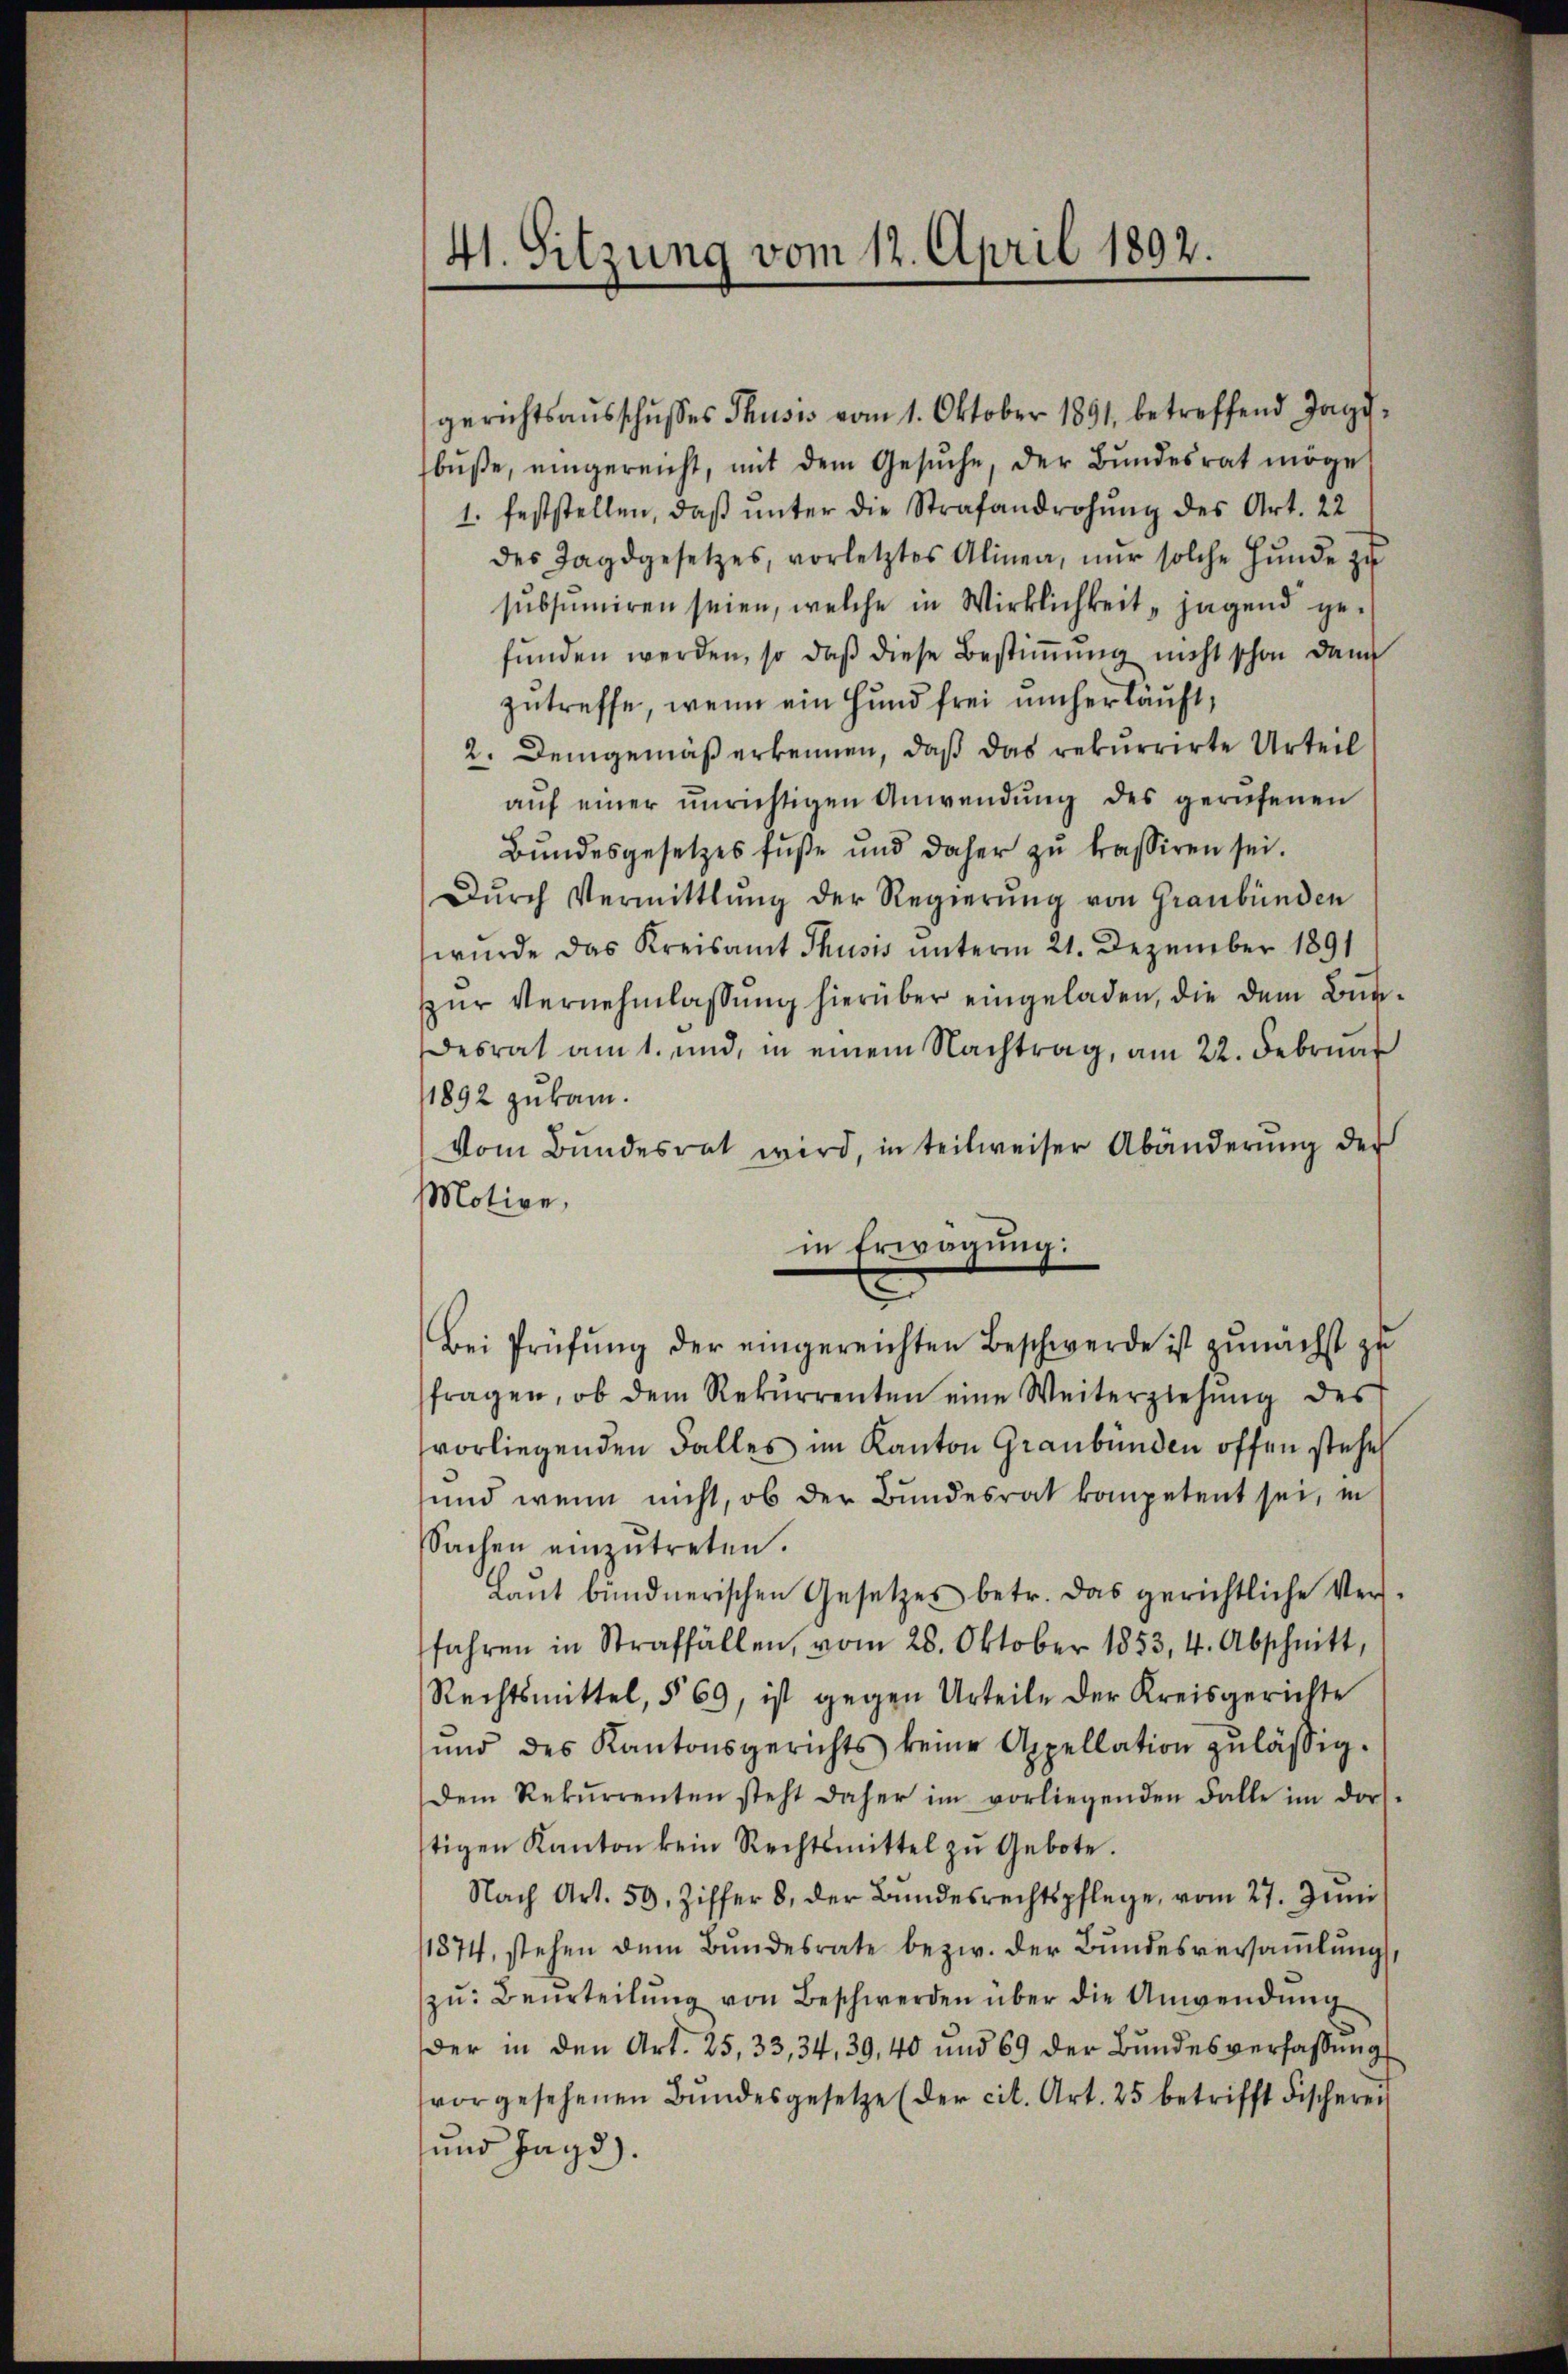
41. Sitzung vom 12. April 1892.

gerichtsaŭsschusses Thusis vom 1. Oktober 1891 betreffend Jagd-
bŭβe, eingereicht, mit dem Gesŭche, der Bŭndesrat möge
1. feststellen, daβ ŭnter die Strafandrohŭng des Art. 22
des Tagdgesetzes, vorletztes Alinea, nŭr solche Hŭnde zŭ
sŭbsumiren seien, welche in Wirklichkeit "jagend ge-
funden werden, so daß diese Bestimmung nicht schon dann
zutreffe, wenn ein Hund frei umher läuft,
2. Demgemäß erkennen, daß das rekurrirte Urteil
aŭf einer unrichtigen Anwendŭng des gerufenen
Bundesgesetzes fuße und daher zŭ trassiren sei.
Dŭrch Vermittlung der Regierŭng von Graubünden
wurde das Kreisamt Thusis unterm 21. Dezember 1891
zur Vernehmlassung hierüber eingeladen, die dem Bun¬
Desrat am 1. und, in einem Nachtrag, am 22. Februar
1892 zukam.
vom Bundesrat wird, in teilweiser Abänderŭng der
Motive,
in Erwägung:
Bei Prüfŭng der eingereichten Beschwerde ist zŭnächst zŭ
fragen, ob dem Rekŭrrenten eine Weiterziehŭng des
vorliegenden Falles im Kanton Graubünden offen stehe
und wenn nicht, ob der Bundesrat kompetent sei, in
Sachen einzŭtreten.
Laŭt bündnerischen Gesetzes betr. das gerichtliche Ver-
fahren in Straffällen, vom 28. Oktober 1853, 4. Abschnitt,
Rechtsmittel, § 69, ist gegen Urteile der Kreisgerichte
ŭnd des Kantonsgerichts keine Appellation zulässig.
dem Rekŭrrenten steht daher im vorliegenden Falle im dorf-
tigen Kanton kein Rechtsmittel zŭ Gebote.
Nach Art. 59. Ziffer 8. der Bŭndesrechtspflege, vom 27. Juni
/1874, stehen dem Bŭndesrate bezw. der Bŭndesversaṁlŭng
zu: Beurteilung von Beschwerden über die Anwendung
der in den Art. 25, 33, 34, 39, 40 und 69 der Bundesverfassung
vorgesehenen Bŭndesgesetze (der cit. Art. 25 betrifft Fischeren
und Jagd).